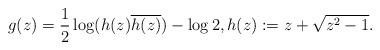
LaTeX: \begin{align*}g(z) = \frac12\log(h(z) \overline{h(z)})- \log 2, h(z):= z+\sqrt{z^2-1}.\end{align*}